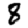
Digit: 8